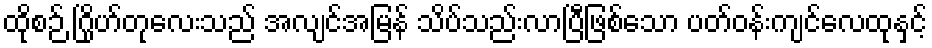
ထိုစဉ် ဂြိုဟ်တုလေးသည် အလျင်အမြန် သိပ်သည်းလာပြီဖြစ်သော ပတ်ဝန်းကျင်လေထုနှင့်